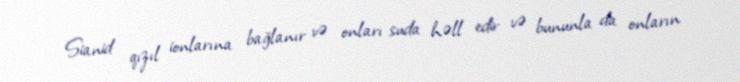
Sianid qızıl ionlarına bağlanır və onları suda həll edir və bununla da onların